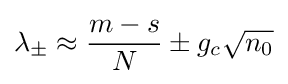
\lambda _{\pm }\approx {\frac {m-s}{N}}\pm g_{c}{\sqrt {n_{0}}}